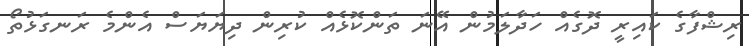
ރިޝްފާގެ ކައިރީ ދޮގެއް ހަދާލަމުން އޭނަ ތަންކޮޅެއް ކުރިން ދިޔަޔަސް އެންމެ ރަނގަޅުތޯ